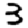
Digit: 3